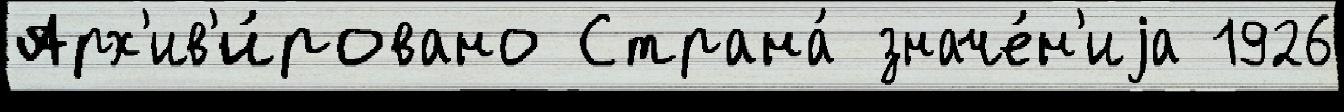
Арх'ив'и́ровано Страна́ значе́н'иjа 1926